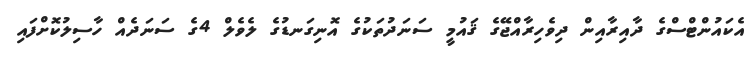
އެކައުންޓްސްގެ ދާއިރާއިން ދިވެހިރާއްޖޭގެ ޤައުމީ ސަނަދުތަކުގެ އޮނިގަނޑުގެ ލެވެލް 4ގެ ސަނަދެއް ހާސިލުކޮށްފައި